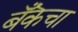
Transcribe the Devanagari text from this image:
बँकॆचा